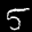
Label: 5